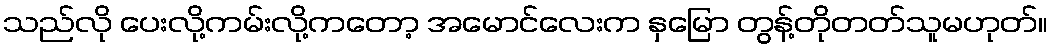
သည်လို ပေးလို့ကမ်းလို့ကတော့ အမောင်လေးက နှမြော တွန့်တိုတတ်သူမဟုတ်။